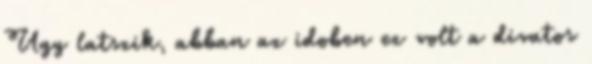
Ugy latszik, abban az idoben ez volt a divatos